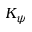
K _ { \psi }